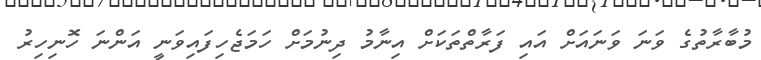
މުބާރާތުގެ ވަނަ ވަނައަށް އައި ފަރާތްތަކަށް އިނާމު ދިނުމަށް ހަމަޖެހިފައިވަނީ އަންނަ ހޮނިހިރު